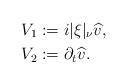
LaTeX: \begin{align*}V_1&:=i|\xi|_\nu\widehat{v},\\V_2&:= \partial_t \widehat{v}.\end{align*}